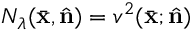
N _ { \lambda } ( \bar { \bf x } , \hat { \bf n } ) = v ^ { 2 } ( \bar { \bf x } ; \hat { \bf n } )